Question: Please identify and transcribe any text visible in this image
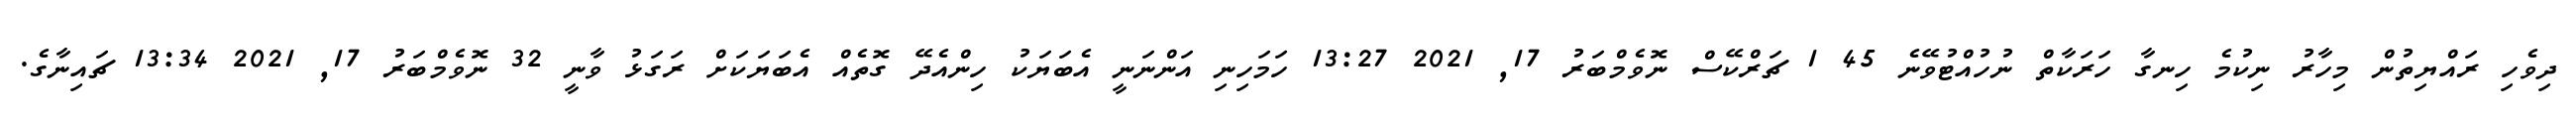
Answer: ދިވެހި ރައްޔިތުން މިހާރު ނިކުމެ ހިނގާ ހަރަކާތް ނުހުއްޓުވޭނެ 45 1 ޗަރްކޭސް ނޮވެމްބަރު 17, 2021 13:27 ހަމަހިނި އަންނަނީ އެބަޔަކު ހިންއެދޭ ގޮތެއް އެބަޔަކަށް ރަގަޅު ވާނީ 32 ނޮވެމްބަރު 17, 2021 13:34 ޗައިނާގެ.